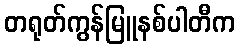
တရုတ်ကွန်မြူနစ်ပါတီက